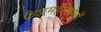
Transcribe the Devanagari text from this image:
फैजमहंमदखाँ